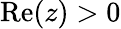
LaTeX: \mathrm{Re}(z)>0